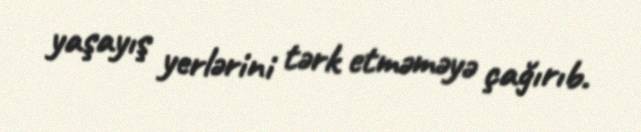
yaşayış yerlərini tərk etməməyə çağırıb.